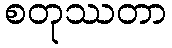
စတုဿတာ